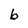
Character: b